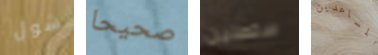
شول صحيحا ستصلين المساعدين